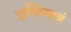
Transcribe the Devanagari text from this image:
ज्ञप्तिमात्रं